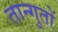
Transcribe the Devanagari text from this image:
तान्गुतों